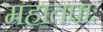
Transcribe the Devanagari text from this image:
महातपाः